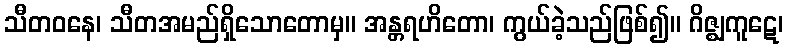
သီတဝနေ၊ သီတအမည်ရှိသောတောမှ။ အန္တရဟိတော၊ ကွယ်ခဲ့သည်ဖြစ်၍။ ဂိဇ္ဈကူဋေ၊